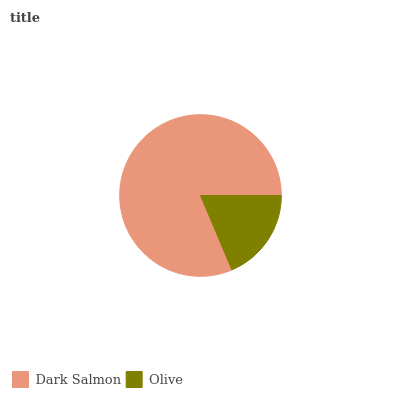
| Dark Salmon | Olive |
 | --- | --- |
 | 81.4% | 18.6% |